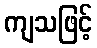
ကျသဖြင့်